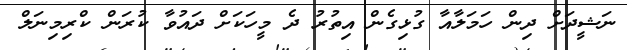
ނަޝީދަށް ދިން ހަމަލާއާ ގުޅިގެން އިތުރު ދެ މީހަކަށް ދައުވާ ކުރަން ކްރިމިނަލް